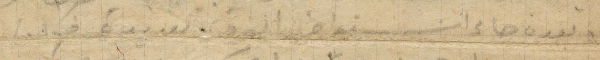
وبعدن جاء المونسينيور الوف عديدة فكان